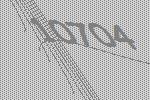
10704